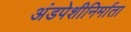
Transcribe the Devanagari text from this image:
अंडपेशीनिर्माता